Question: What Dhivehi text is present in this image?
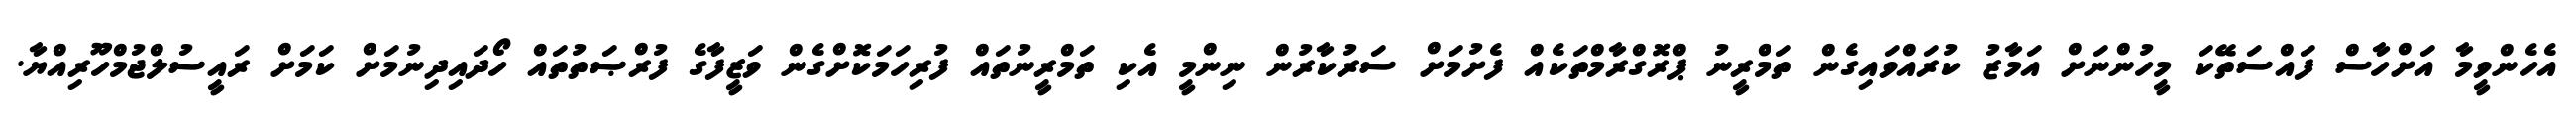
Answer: އެހެންވީމާ އަށްހާސް ފައްސަތޭކަ މީހުންނަށް އަމާޒު ކުރައްވައިގެން ތަމްރީނު ޕްރޮގްރާމްތަކެއް ފެށުމަށް ސަރުކާރުން ނިންމީ އެކި ތަމްރީނުތައް ފުރިހަމަކޮށްގެން ވަޒީފާގެ ފުރްޞަތުތައް ހޯދައިދިނުމަށް ކަމަށް ރައީސުލްޖުމްހޫރިއްޔާ.